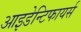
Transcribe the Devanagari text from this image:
आइडेन्टिफायर्स